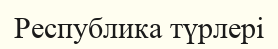
Республика түрлері